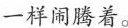
一样闹腾着。